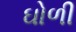
ઘોળી